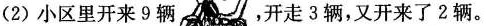
(2)小区里开来9辆 ，开走3辆，又开来了2辆。